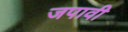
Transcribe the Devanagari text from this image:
जपावी